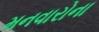
મનવારોના